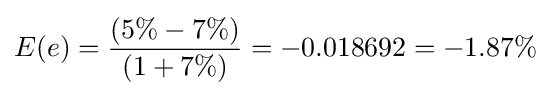
E(e)={\frac {(5\%-7\%)}{(1+7\%)}}=-0.018692=-1.87\%